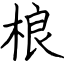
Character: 桹